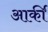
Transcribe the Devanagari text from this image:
आर्की